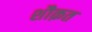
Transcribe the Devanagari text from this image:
शौक़त